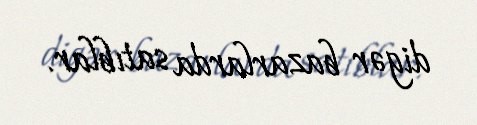
digər bazarlarda satıblar.